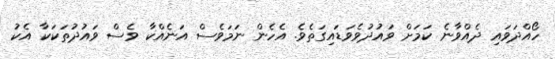
ހޯއްދަވައި ދެއްވާނެ ކަމަށް ވައުދުވެވަޑައިގަތެވެ. އެހެން ނަމަވެސް އަނެއްކާ ވެސް ވައުދުތަކަކާ އެކު